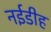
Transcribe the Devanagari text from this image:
नईडीह